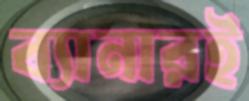
ব্যানারই